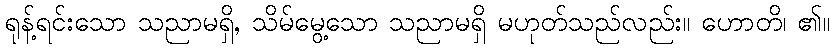
ရုန့်ရင်းသော သညာမရှိ, သိမ်မွေ့သော သညာမရှိ မဟုတ်သည်လည်း။ ဟောတိ၊ ၏။